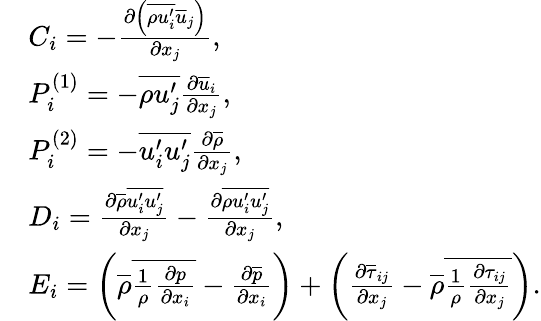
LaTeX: \begin{array}{rl}&{C_{i}=-\frac{\partial\left(\overline{{\rho u_{i}^{\prime}}}\overline{{u}}_{j}\right)}{\partial x_{j}},}\\ &{P_{i}^{(1)}=-\overline{{\rho u_{j}^{\prime}}}\frac{\partial\overline{{u}}_{i}}{\partial x_{j}},}\\ &{P_{i}^{(2)}=-\overline{{u_{i}^{\prime}u_{j}^{\prime}}}\frac{\partial\overline{{\rho}}}{\partial x_{j}},}\\ &{D_{i}=\frac{\partial\overline{{\rho}}\overline{{u_{i}^{\prime}u_{j}^{\prime}}}}{\partial x_{j}}-\frac{\partial\overline{{\rho u_{i}^{\prime}u_{j}^{\prime}}}}{\partial x_{j}},}\\ &{E_{i}=\left(\overline{{\rho}}\overline{{\frac{1}{\rho}\frac{\partial p}{\partial x_{i}}}}-\frac{\partial\overline{{p}}}{\partial x_{i}}\right)+\left(\frac{\partial\overline{{\tau}}_{ij}}{\partial x_{j}}-\overline{{\rho}}\overline{{\frac{1}{\rho}\frac{\partial\tau_{ij}}{\partial x_{j}}}}\right).}\end{array}